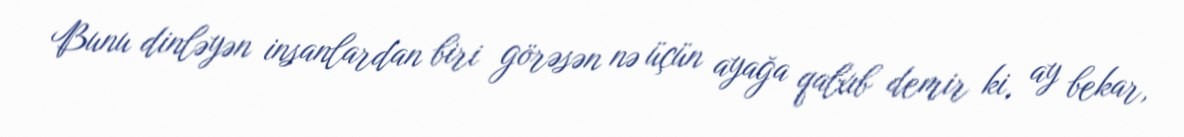
Bunu dinləyən insanlardan biri görəsən nə üçün ayağa qalxıb demir ki, ay bekar,